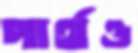
পার্থও